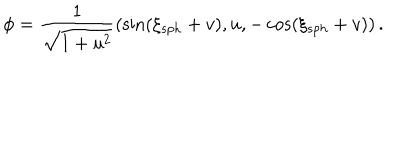
LaTeX: \phi = \frac { 1 } { \sqrt { 1 + u ^ { 2 } } } \left( \sin ( \xi _ { s p h } + v ) , u , - \cos ( \xi _ { s p h } + v ) \right) .